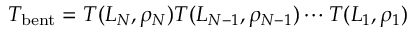
T _ { \mathrm { b e n t } } = T ( L _ { N } , \rho _ { N } ) T ( L _ { N - 1 } , \rho _ { N - 1 } ) \cdots T ( L _ { 1 } , \rho _ { 1 } )